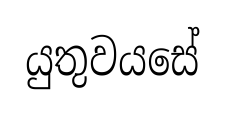
යුතුවයසේ